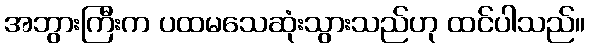
အဘွားကြီးက ပထမသေဆုံးသွားသည်ဟု ထင်ပါသည်။